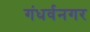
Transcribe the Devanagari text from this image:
गंधर्वनगर